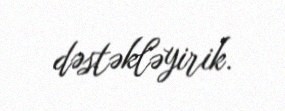
dəstəkləyirik.